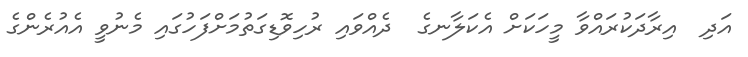
އަދި  އިރާދަކުރައްވާ މީހަކަށް އެކަލާނގެ  ދެއްވައި ރުހިވޮޑިގަތުމަށްފަހުގައި މެނުވީ އެއުރެންގެ